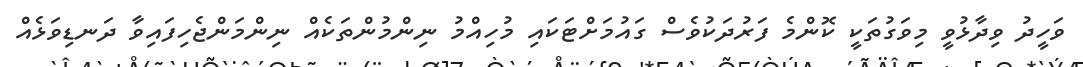
ވަހީދު ވިދާޅުވީ މިވަގުތަކީ ކޮންމެ ފަރުދަކުވެސް ގައުމަށްޓަކައި މުހިއްމު ނިންމުންތަކެއް ނިންމަންޖެހިފައިވާ ދަނޑިވަޅެއް